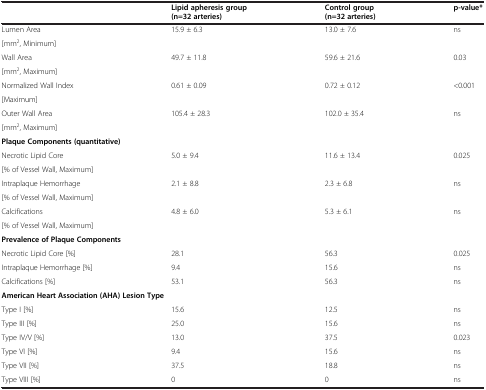
<table><thead><tr><td>[EMPTY_CELL]</td><td><b>Lipid apheresis group</b></td><td><b>Control group</b></td><td><b>p-value*</b></td></tr><tr><td>[EMPTY_CELL]</td><td><b>(n=32 arteries)</b></td><td><b>(n=32 arteries)</b></td><td>[EMPTY_CELL]</td></tr></thead><tbody><tr><td>Lumen Area</td><td rowspan="2">15.9 ± 6.3</td><td rowspan="2">13.0 ± 7.6</td><td rowspan="2">ns</td></tr><tr><td>[mm<sup>2</sup>, Minimum]</td></tr><tr><td>Wall Area</td><td rowspan="2">49.7 ± 11.8</td><td rowspan="2">59.6 ± 21.6</td><td rowspan="2">0.03</td></tr><tr><td>[mm<sup>2</sup>, Maximum]</td></tr><tr><td>Normalized Wall Index</td><td rowspan="2">0.61 ± 0.09</td><td rowspan="2">0.72 ± 0.12</td><td rowspan="2">&lt;0.001</td></tr><tr><td>[Maximum]</td></tr><tr><td>Outer Wall Area</td><td rowspan="2">105.4 ± 28.3</td><td rowspan="2">102.0 ± 35.4</td><td rowspan="2">ns</td></tr><tr><td>[mm<sup>2</sup>, Maximum]</td></tr><tr><td colspan="4"><b>Plaque Components (quantitative)</b></td></tr><tr><td>Necrotic Lipid Core</td><td rowspan="2">5.0 ± 9.4</td><td rowspan="2">11.6 ± 13.4</td><td rowspan="2">0.025</td></tr><tr><td>[% of Vessel Wall, Maximum]</td></tr><tr><td>Intraplaque Hemorrhage</td><td rowspan="2">2.1 ± 8.8</td><td rowspan="2">2.3 ± 6.8</td><td rowspan="2">ns</td></tr><tr><td>[% of Vessel Wall, Maximum]</td></tr><tr><td>Calcifications</td><td rowspan="2">4.8 ± 6.0</td><td rowspan="2">5.3 ± 6.1</td><td rowspan="2">ns</td></tr><tr><td>[% of Vessel Wall, Maximum]</td></tr><tr><td colspan="4"><b>Prevalence of Plaque Components</b></td></tr><tr><td>Necrotic Lipid Core [%]</td><td>28.1</td><td>56.3</td><td>0.025</td></tr><tr><td>Intraplaque Hemorrhage [%]</td><td>9.4</td><td>15.6</td><td>ns</td></tr><tr><td>Calcifications [%]</td><td>53.1</td><td>56.3</td><td>ns</td></tr><tr><td colspan="4"><b>American Heart Association (AHA) Lesion Type</b></td></tr><tr><td>Type I [%]</td><td>15.6</td><td>12.5</td><td>ns</td></tr><tr><td>Type III [%]</td><td>25.0</td><td>15.6</td><td>ns</td></tr><tr><td>Type IV/V [%]</td><td>13.0</td><td>37.5</td><td>0.023</td></tr><tr><td>Type VI [%]</td><td>9.4</td><td>15.6</td><td>ns</td></tr><tr><td>Type VII [%]</td><td>37.5</td><td>18.8</td><td>ns</td></tr><tr><td>Type VIII [%]</td><td>0</td><td>0</td><td>ns</td></tr></tbody></table>